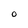
Character: O